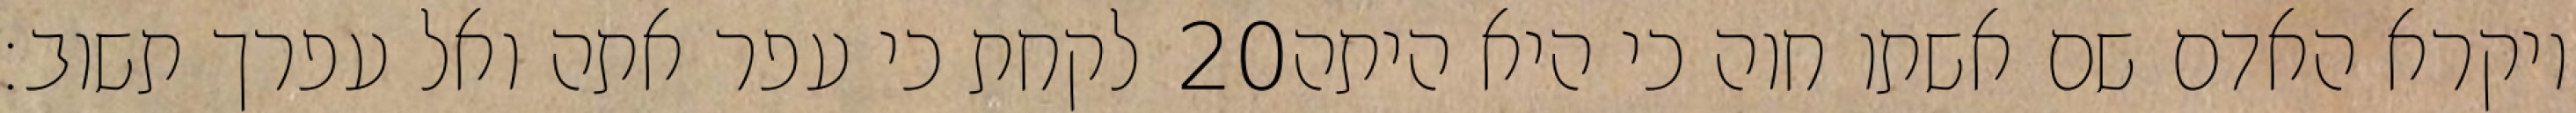
לקחת כי עפר אתה ואל עפרך תשוב׃ ‎20‏ ויקרא האדם שם אשתו חוה כי היא היתה